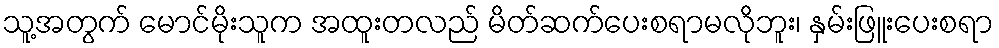
သူ့အတွက် မောင်မိုးသူက အထူးတလည် မိတ်ဆက်ပေးစရာမလိုဘူး၊ နှမ်းဖြူးပေးစရာ